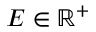
E \in \mathbb { R } ^ { + }